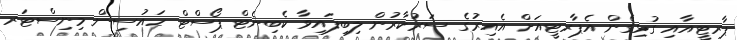
ޕާރޓީއާއި ގުޅިގެން އެޕާރޓީއަށް އެއިރުގެ ސަރުކާރުން ލިބިފައިވާ ކެބިނެޓް ޕޯސްޓް ހައުސިން މިނިސްޓަރ